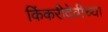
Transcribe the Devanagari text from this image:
किंकरीदेवीच्या